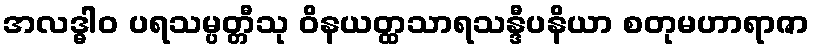
အလဒ္ဓါဝ ပရသမ္ပတ္တီသု ဝိနယတ္ထသာရသန္ဒီပနိယာ စတုမဟာရာဇာ